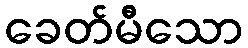
ခေတ်မီသော